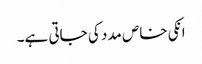
انکی خاص مدد کی جاتی ہے۔